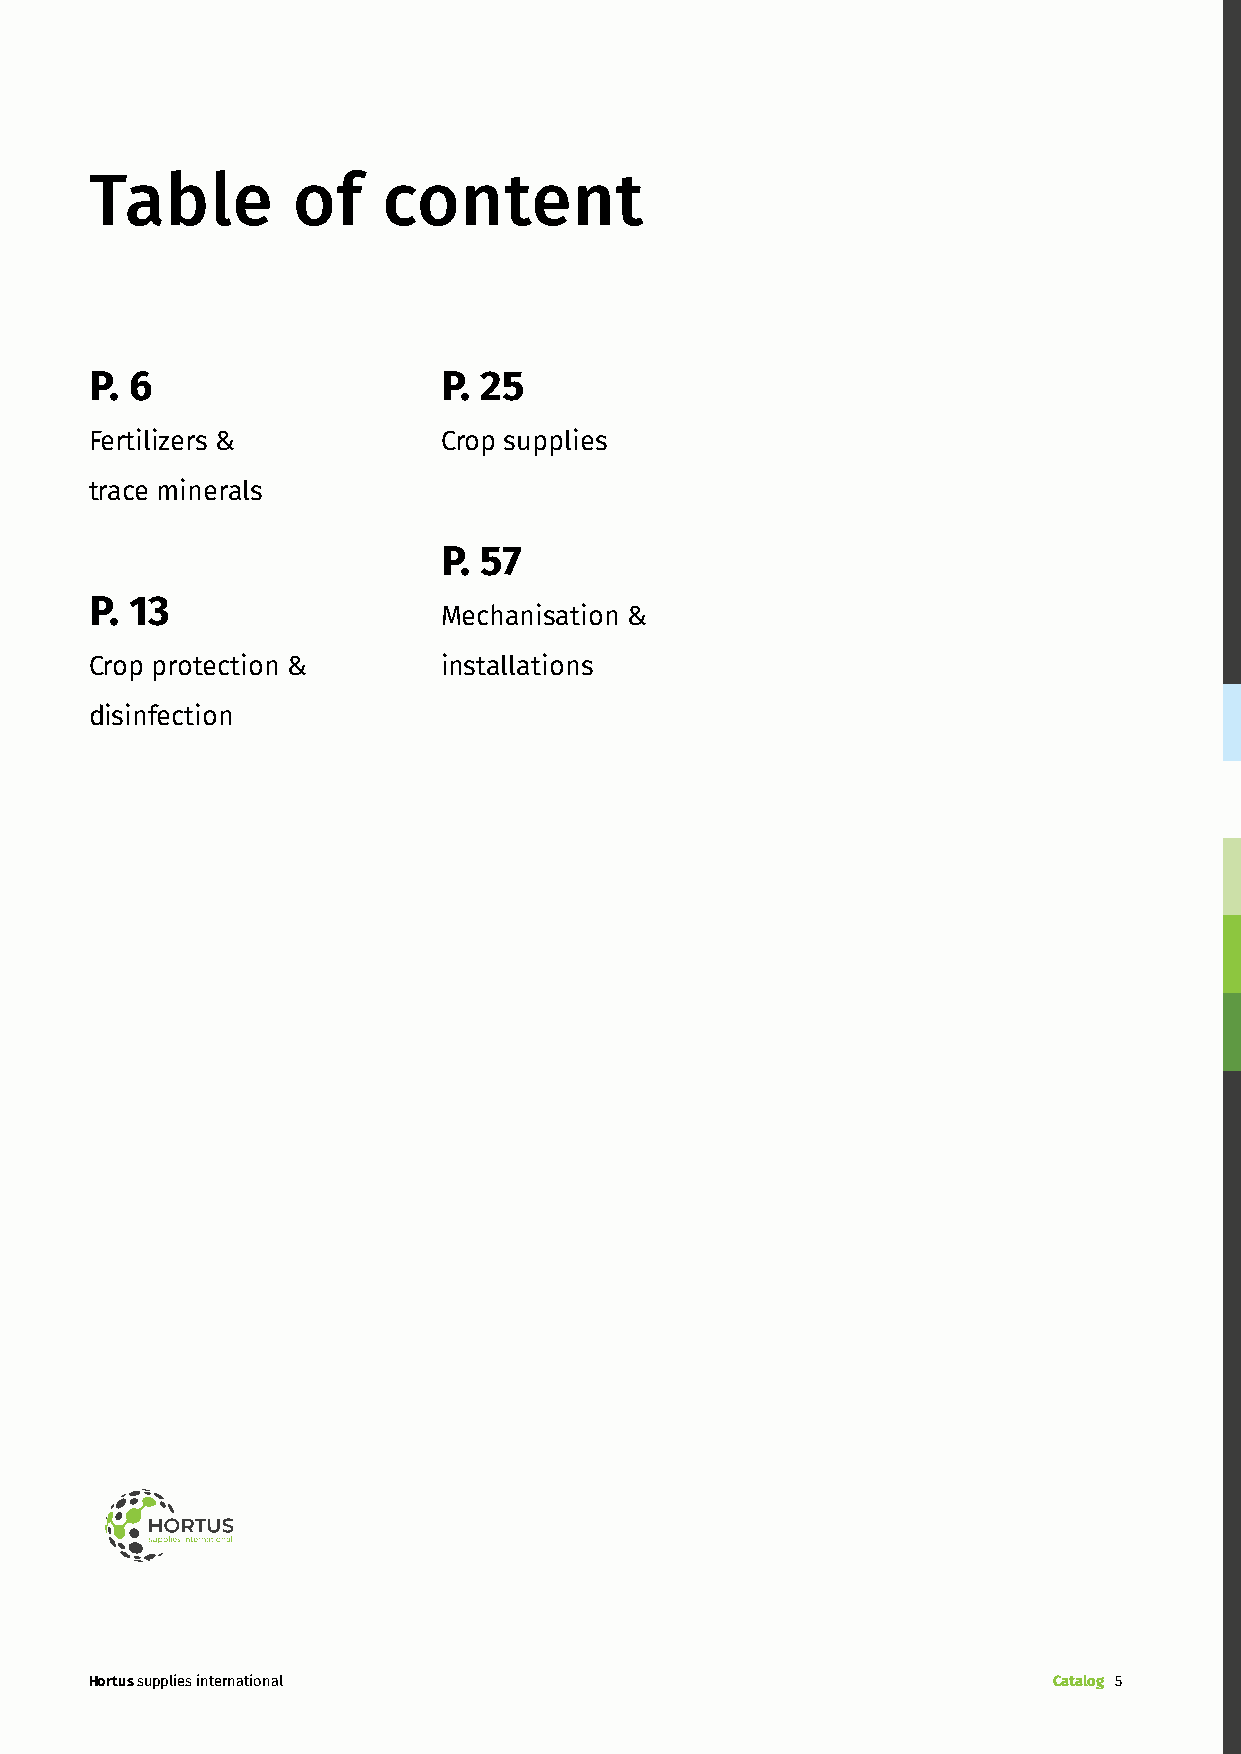
Table        of    content
 P. 6                   P. 25
 Fertilizers &          Crop supplies
 trace minerals
 P. 57
 P. 13
 Mechanisation &
 Crop protection &      installations
 disinfection
 Hortus supplies international                                   Catalog 5